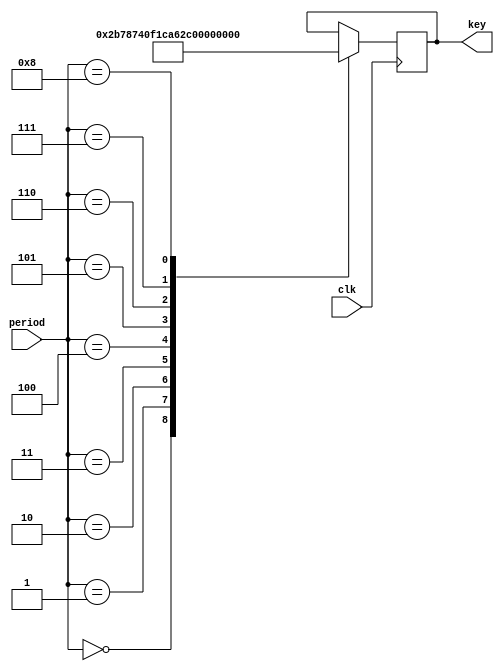
module odo_get_round_key3(clk, period, key);
    input clk;
    input [3:0] period;
    output [9:0] key;
    reg [9:0] key;
    always @(posedge clk) begin
    case (period)
        4'h0: key <= 10'h02b;
        4'h1: key <= 10'h1e1;
        4'h2: key <= 10'h340;
        4'h3: key <= 10'h3c7;
        4'h4: key <= 10'h0a6;
        4'h5: key <= 10'h0b2;
        4'h6: key <= 10'h223;
        4'h7: key <= 10'h2fb;
        4'h8: key <= 10'h3d7;
    endcase
    end
endmodule